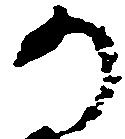
か